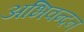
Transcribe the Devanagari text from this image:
अभिवन्दन